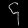
Digit: ၄